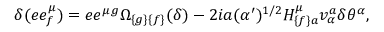
\delta ( e e _ { { f } } ^ { \mu } ) = e e ^ { \mu { g } } \Omega _ { { \{ g \} \{ f \} } } ( \delta ) - 2 i a ( \alpha ^ { \prime } ) ^ { { 1 / 2 } } H _ { { \{ f \} a } } ^ { \mu } v _ { \alpha } ^ { { a } } \delta \theta ^ { \alpha } ,